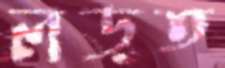
লড়ত